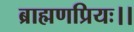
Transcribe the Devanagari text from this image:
ब्राह्मणप्रियः।।